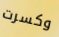
وكسرت